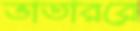
ভাতাররে